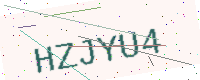
Text: HZJYU4